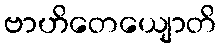
ဗာဟိတေယျောတိ